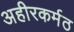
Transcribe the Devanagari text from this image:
अहीरकर्मठ